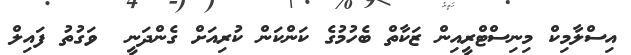
އިސްލާމިކް މިނިސްޓްރީއިން ޒަކާތް ބެހުމުގެ ކަންކަން ކުރިއަށް ގެންދަނީ  ވަގުތު ފައިލް